Indian journal of veterinary science and animal husbandry - Volume 12,
Year: 1942
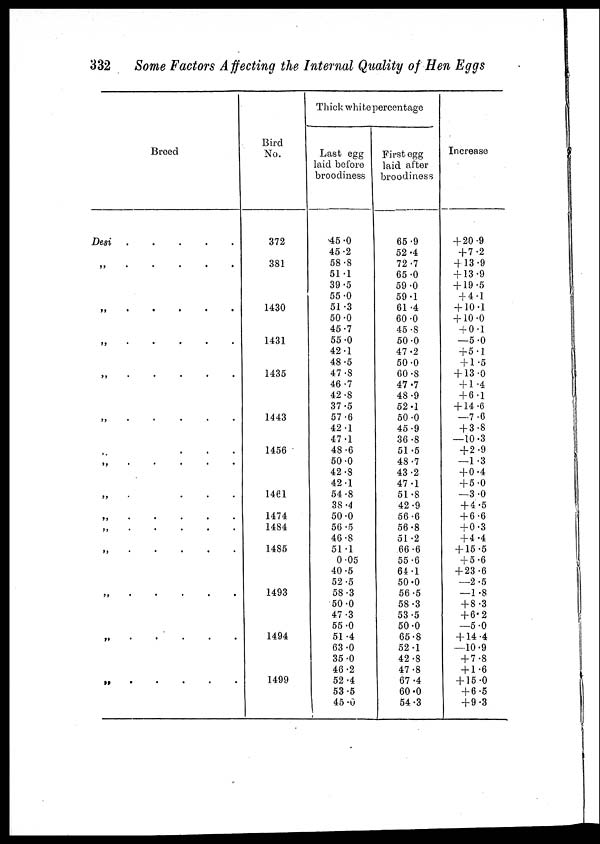
332
Some Factors Affecting the Internal Quality of Hen Eggs
Breed
Desi
.
.
.
.
.
„ . . . . .
„
.
.
.
.
.
„
.
.
.
.
.
„
.....
„
.
.
.
.
.
„ . . .
„
.....
„
.
.
.
.
.
„
.....
„
.....
„ . . . . .
„
.....
„
.....
„
.....
Bird
No.
372
381
1430
1431
1435
1443
1456
1461
1474
1484
1485
1493
1494
1499
Thick white percentage
Last egg
laid before
broodiness
45.0
45.2
58.8
51.1
39.5
55.0
51.3
50.0
45.7
55.0
42.1
48.5
47.8
46.7
42.8
37.5
57.6
42.1
47.1
48.6
50.0
42.8
42.1
54.8
38.4
50.0
56.5
46.8
51.1
0.05
40.5
52.5
58.3
50.0
47.3
55.0
51.4
63.0
35.0
46.2
52.4
53.5
45.0
First egg
laid after
broodiness
65.9
52.4
72.7
65.0
59.0
59.1
61.4
60.0
45.8
50.0
47.2
50.0
60.8
47.7
48.9
52.1
50.0
45.9
36.8
51.5
48.7
43.2
47.1
51.8
42.9
56.6
56.8
51.2
66.6
55.6
64.1
50.0
56.5
58.3
53.5
50.0
65.8
52.1
42.8
47.8
67.4
60.0
54.3
Increase
+ 20.9
+ 7.2
+ 13.9
+ 13.9
+ 19.5
+ 4.1
+ 10.1
+ 10.0
+0.1
—5.0
+ 5.1
+ 1.5
+ 13.0
+ 1.4
+ 6.1
+ 14.6
—7.6
+ 3.8
—10.3
+ 2.9
—1.3
+ 0.4
+ 5.0
—3.0
+ 4.5
+ 6.6
+ 0.3
+ 4.4
+ 15.5
+ 5.6
+ 23.6
—2.5
—1.8
+ 8.3
+ 6.2
—5.0
+ 14.4
—10.9
+ 7.8
+ 1.6
+ 15.0
+ 6.5
+ 9.3